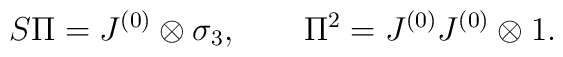
S\Pi = J^{(0)}\otimes\sigma_3, \qquad\Pi^2 = J^{(0)}J^{(0)}\otimes 1.